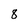
Character: 8